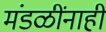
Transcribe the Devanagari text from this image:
मंडळींनाही